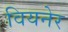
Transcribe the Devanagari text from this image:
वियनेर